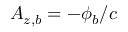
A _ { z , b } = - \phi _ { b } / c